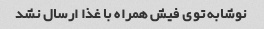
نوشابه توی فیش همراه با غذا ارسال نشد